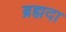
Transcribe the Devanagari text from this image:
ब्रह्मदा